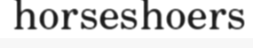
horseshoers